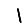
Digit: 1